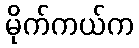
မိုက်ကယ်က